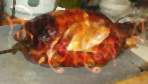
মিগেলের